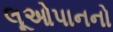
લૂઓપાનનો